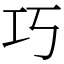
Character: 巧